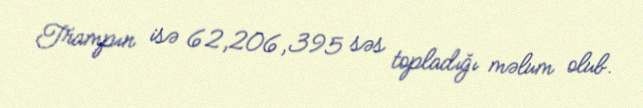
Trampın isə 62,206,395 səs topladığı məlum olub.